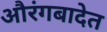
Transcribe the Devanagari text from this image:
औरंगबादेत